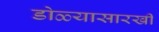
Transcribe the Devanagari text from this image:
डोळ्यासारखी